Report on the metropolitan horse fairs and district horse shows of 1892-93 - 1892-1893
Year: 1892
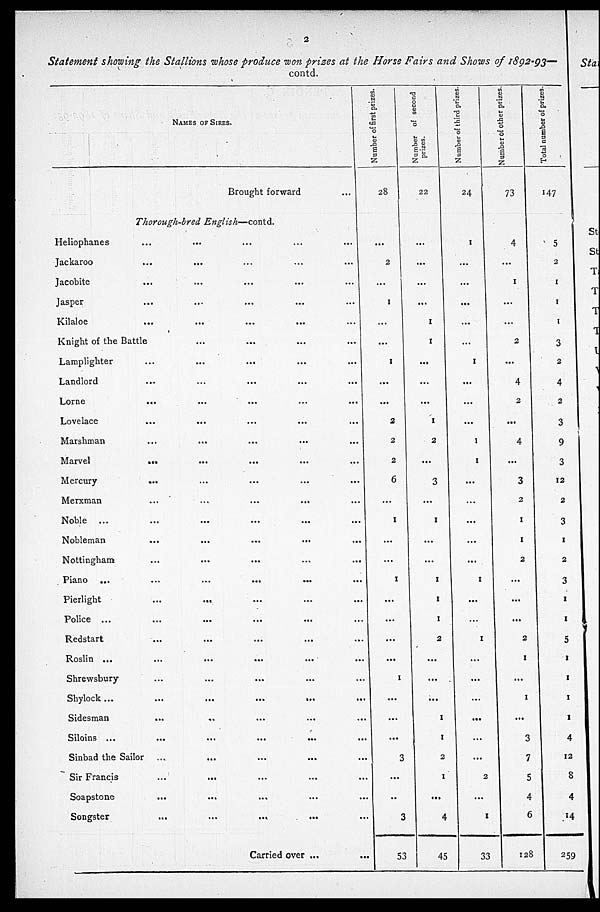
2
Statement showing the Stallions whose produce won prizes at the Horse Fairs and Shows of 1892-93—
contd.
NAMES OF SIRES.
Brought forward
Thorough-bred English—contd.
Heliophancs
...
...
...
...
...
Jackaroo ... ... ... ...
Jacobite
...
...
...
...
...
Jasper
...
...
...
...
...
Kilaloe
...
...
...
...
...
Knight of the Battle ... ... ... ...
Lamplighter ... ... ... ...
Landlord ... ... ... ...
Lorne ... ... ... ...
Lovelace
...
...
...
...
...
Marshman ... ... ... ...
Marvel ... ... ... ......
Mercury ... ... ... ...
Merxman ... ... ... ...
Noble ...
Nobleman ... ... ... ... ...
Nottingham ... ... ... ...
Piano ... ... ... ... ...
Pierlight ... ... ... ...
Police ... ... ... ... ...
Redstart ... ... ... ...
Roslin ... ... ... ... ...
Shrewsbury ... ... ... ...
Shylock ...
...
...
...
...
Sidesman ... ... ... ... ... ...
Siloins ... ... ... ... ...
Sinbad the Sailor ... ... ... ...
Sir Francis ... ... ... ... ...
Soapstone ... ... ... ...
Songster
...
...
...
...
Carried over ...
Number
of first prizes.
28
1
...
...
1
...
...
1
...
...
2
2
2
6
...
1
...
...
1
...
...
...
...
1
...
...
...
3
...
..
3
53
Number
of second
zes.
22
...
...
...
...
1
1
...
...
...
1
2
...
3
...
1
...
...
1
1
1
2
...
...
...
1
1
2
1
...
4
45
Number of third prizes.
24
1
...
...
...
...
...
1
...
...
...
1
1
...
...
...
...
...
1
...
...
1
...
...
...
...
...
...
2
...
1
33
Number of other prizes.
73
4
...
1
...
...
2
...
4
2
...
4
...
3
2
1
1
2
...
...
...
2
1
...
1
...
3
7
5
4
6
128
Total number of prizes.
147
5
2
1
1
1
3
2
4
2
3
9
3
12
2
3
1
2
3
1
1
5
1
1
1
1
4
12
8
4
14
259